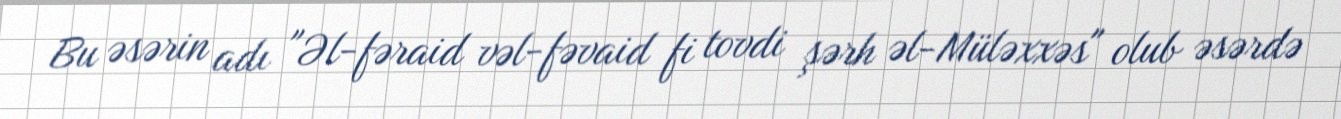
Bu əsərin adı "Əl-fəraid vəl-fəvaid fi tovdi şərh əl-Müləxxəs" olub əsərdə